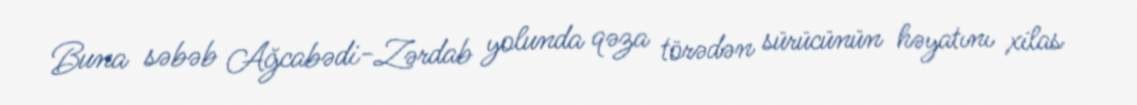
Buna səbəb Ağcabədi-Zərdab yolunda qəza törədən sürücünün həyatını xilas